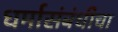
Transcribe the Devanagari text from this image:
धर्मासंबंधीचा